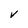
Character: V